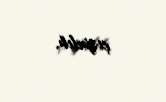
çırpılıb.